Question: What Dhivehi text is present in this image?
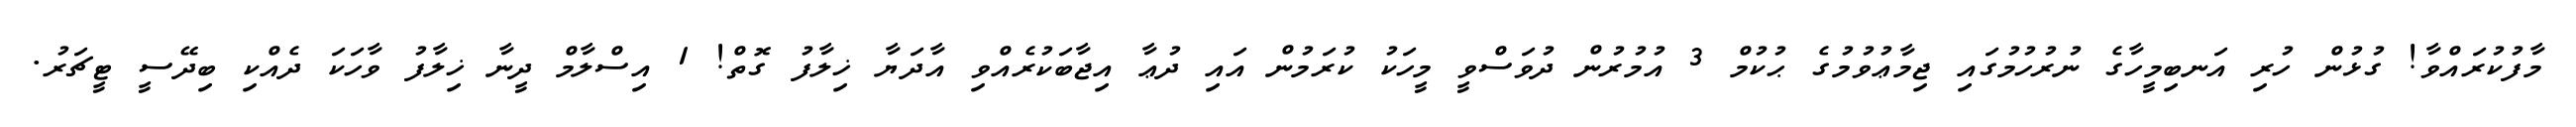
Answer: މާފުކުރައްވާ! ގުޅުން ހުރި އަނބިމީހާގެ ނުރުހުމުގައި ޖިމާޢުވުމުގެ ޙުކުމް 3 އުމުރުން ދުވަސްވީ މީހަކު ކުރަމުން އައި ދުޢާ އިޖާބަކުރެއްވި އާދަޔާ ޚިލާފު ގޮތް! 1 އިސްލާމް ދީނާ ޚިލާފު ވާހަކަ ދެއްކި ބިދޭސީ ޓީޗަރު.